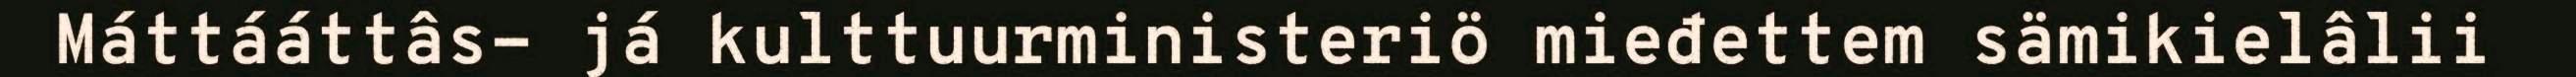
Máttááttâs- já kulttuurministeriö mieđettem sämikielâlii